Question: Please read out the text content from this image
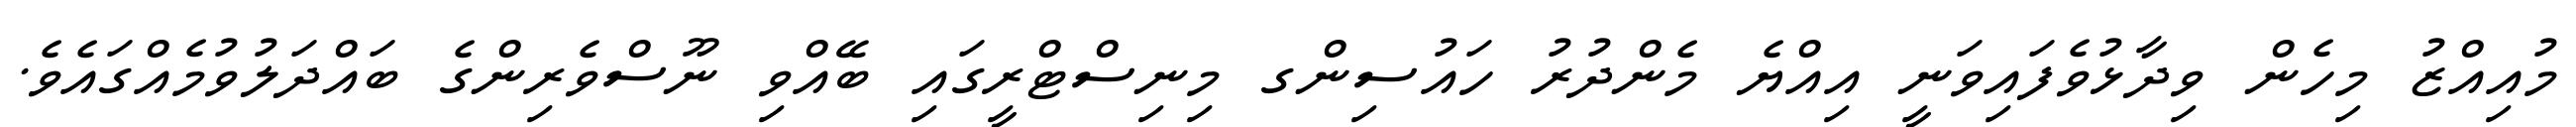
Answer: މުއިއްޒު މިހެން ވިދާޅުވެފައިވަނީ އިއްޔެ މެންދުރު ހައުސިންގ މިނިސްޓްރީގައި ބޭއްވި ނޫސްވެރިންގެ ބައްދަލުވުމެއްގައެވެ.